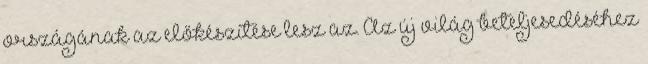
országának az előkészítése lesz az. Az új világ beteljesedéséhez